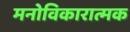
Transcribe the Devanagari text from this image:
मनोविकारात्मक